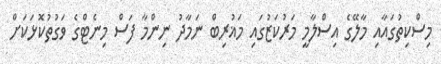
މިސްކިތުގައާއި މާލޭގެ އިސްލާމީ މަރުކަޒުގައި މަޣުރިބް ނަމާދު ނިންމާ ފަސް މިނެޓްގެ ވަގުތުކޮޅަކަށް